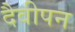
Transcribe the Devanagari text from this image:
दैवीपन